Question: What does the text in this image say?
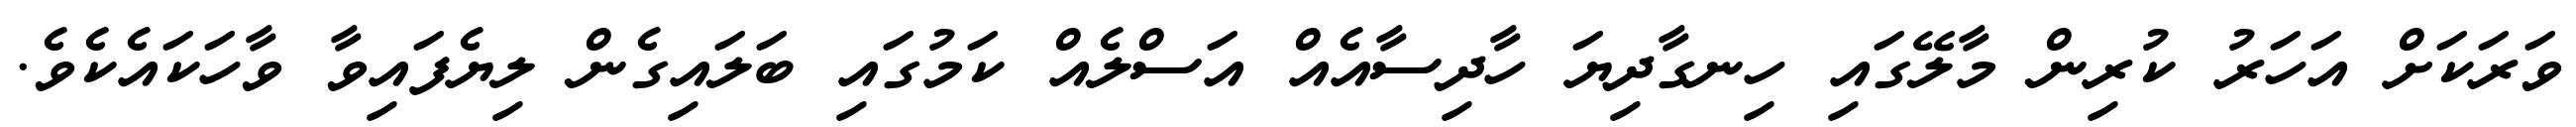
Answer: ވަރަކަށް އަހަރު ކުރިން މާލޭގައި ހިނގާދިޔަ ހާދިސާއެއް އަސްލެއް ކަމުގައި ބަލައިގެން ލިޔެފައިވާ ވާހަކައެކެވެ.